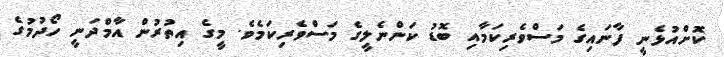
ކޮށްއުޅެނީ ފާނައިގެ މަސްވެރިކަމާއި ބޮޑު ކަންނެލީގެ މަސްވެރިކަމެވެ. މީގެ އިތުރުން އާމްދަނީ ހޯދުމުގެ